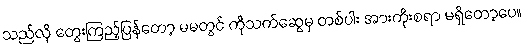
သည်လို တွေးကြည့်ပြန်တော့ မမတွင် ကိုသက်ဆွေမှ တစ်ပါး အားကိုးစရာ မရှိတော့ပေ။